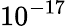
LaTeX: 10^{-17}